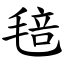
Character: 毰